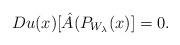
LaTeX: \begin{align*} D u (x) [\Hat{A} (P_{W_\lambda}(x)] = 0.\end{align*}